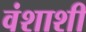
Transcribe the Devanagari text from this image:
वंशाशी